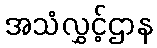
အသံလွှင့်ဌာန